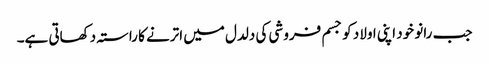
جب رانو خود اپنی اولاد کو جسم فروشی کی دلدل میں اترنے کا راستہ دکھاتی ہے۔